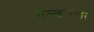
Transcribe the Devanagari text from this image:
एल्कजेन्डर